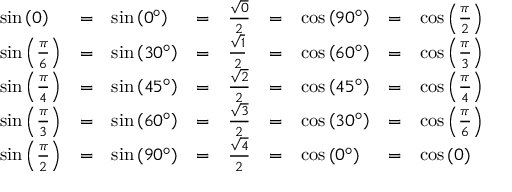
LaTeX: \begin{array} { l l l l l l l l l } { \sin \left( 0 \right) } & { = } & { \sin \left( 0 ^ { \circ } \right) } & { = } & { { \frac { \sqrt { 0 } } { 2 } } } & { = } & { \cos \left( 9 0 ^ { \circ } \right) } & { = } & { \cos \left( { \frac { \pi } { 2 } } \right) } \\ { \sin \left( { \frac { \pi } { 6 } } \right) } & { = } & { \sin \left( 3 0 ^ { \circ } \right) } & { = } & { { \frac { \sqrt { 1 } } { 2 } } } & { = } & { \cos \left( 6 0 ^ { \circ } \right) } & { = } & { \cos \left( { \frac { \pi } { 3 } } \right) } \\ { \sin \left( { \frac { \pi } { 4 } } \right) } & { = } & { \sin \left( 4 5 ^ { \circ } \right) } & { = } & { { \frac { \sqrt { 2 } } { 2 } } } & { = } & { \cos \left( 4 5 ^ { \circ } \right) } & { = } & { \cos \left( { \frac { \pi } { 4 } } \right) } \\ { \sin \left( { \frac { \pi } { 3 } } \right) } & { = } & { \sin \left( 6 0 ^ { \circ } \right) } & { = } & { { \frac { \sqrt { 3 } } { 2 } } } & { = } & { \cos \left( 3 0 ^ { \circ } \right) } & { = } & { \cos \left( { \frac { \pi } { 6 } } \right) } \\ { \sin \left( { \frac { \pi } { 2 } } \right) } & { = } & { \sin \left( 9 0 ^ { \circ } \right) } & { = } & { { \frac { \sqrt { 4 } } { 2 } } } & { = } & { \cos \left( 0 ^ { \circ } \right) } & { = } & { \cos \left( 0 \right) } \end{array}